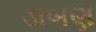
ડાબણ